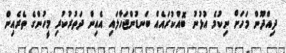
ދިއްދޫން މަހަށް ނިކުމެ އުޅުނު ބޮއްކުރައެއް ބަނޑުންޖަހާލައި އެއިން ދަތުރުކުރި މީހުންގެ ތެރެއިން